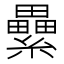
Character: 纍